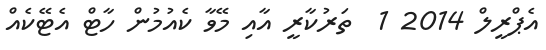
އެޕްރީލް 2014 1  ތަރުކާރީ އާއި މޭވާ ކެއުމުން ހާޓް އެޓޭކެއް